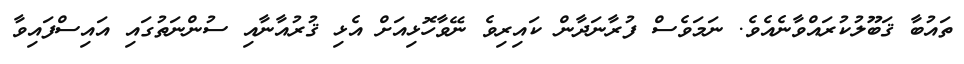
ތައުބާ ޤަބޫލުކުރައްވާނެއެވެ. ނަމަވެސް ފުރާނަދާން ކައިރިވެ ނޭވާހޮޅިއަށް އެޅި ޤުރުއާނާއި ސުންނަތުގައި އައިސްފައިވާ